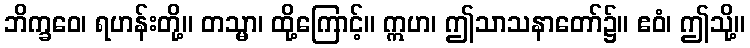
ဘိက္ခဝေ၊ ရဟန်းတို့။ တသ္မာ၊ ထို့ကြောင့်။ ဣဟ၊ ဤသာသနာတော်၌။ ဧဝံ၊ ဤသို့။